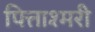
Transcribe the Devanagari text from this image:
पित्ताश्मरी